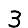
Digit: 3